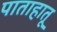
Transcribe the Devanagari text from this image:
पाताहातू